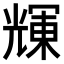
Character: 𠒽